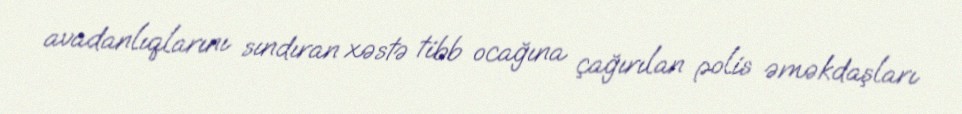
avadanlıqlarını sındıran xəstə tibb ocağına çağırılan polis əməkdaşları